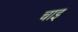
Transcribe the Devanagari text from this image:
चाइ